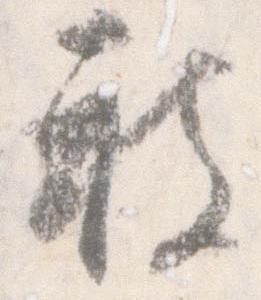
被